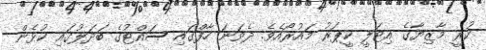
ކުރީ މާޒިޔާގެ އިޓަލީ ކީޕަރު މައުރޯއެވެ. ދެވަނަ ހާފްގައި ސައްޓުގެ ބަދަލުގައި ކުޅެން